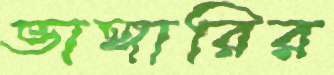
ভাঙ্গারির